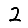
Digit: 2